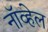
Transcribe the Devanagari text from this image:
नॉव्हेल